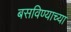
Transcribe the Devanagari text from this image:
बसविण्याच्या